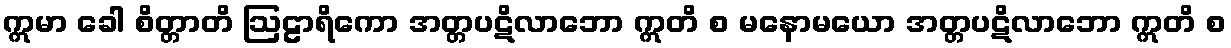
ဣမာ ခေါ စိတ္တာတိ ဩဠာရိကော အတ္တပဋိလာဘော ဣတိ စ မနောမယော အတ္တပဋိလာဘော ဣတိ စ